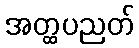
အတ္ထပညတ်